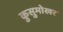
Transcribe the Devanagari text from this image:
कुसुमोखर